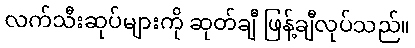
လက်သီးဆုပ်များကို ဆုတ်ချီ ဖြန့်ချီလုပ်သည်။